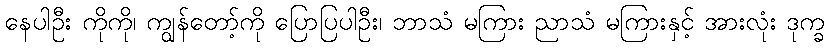
နေပါဦး ကိုကို၊ ကျွန်တော့်ကို ပြောပြပါဦး၊ ဘာသံ မကြား ညာသံ မကြားနှင့် အားလုံး ဒုက္ခ